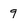
Character: 9